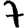
Digit: 7